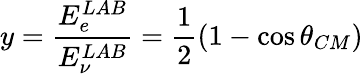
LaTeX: y=\frac{E_{e}^{LAB}}{E_{\nu}^{LAB}}=\frac 12\left(1-\cos\theta_{CM}\right)